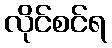
လိုင်စင်ရ